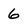
Character: 6